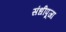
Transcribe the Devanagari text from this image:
संधीपूजा